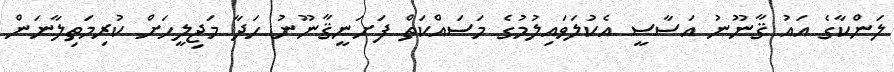
ލަންކާގެ އައު ޤާނޫނު އަސާސީ އެކުލަވައިލުމުގެ މަސައްކަތް ފަށަނީޤާނޫނު ހަދާ މަޖިލީހަށް ކުރިމަތިލާނަން